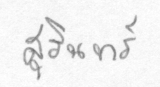
สุรินทร์